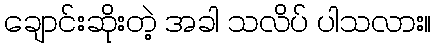
ချောင်းဆိုးတဲ့ အခါ သလိပ် ပါသလား။